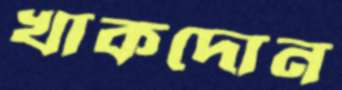
খাকদোন